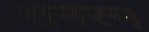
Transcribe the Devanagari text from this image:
सनरन